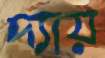
দ্যায়